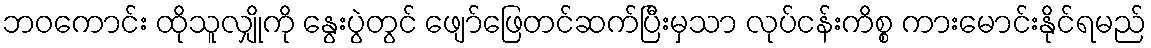
ဘဝကောင်း ထိုသူလျှိုကို နွေးပွဲတွင် ဖျော်ဖြေတင်ဆက်ပြီးမှသာ လုပ်ငန်းကိစ္စ ကားမောင်းနိုင်ရမည်